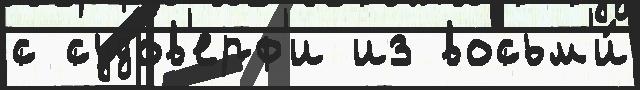
с судов'ерф'и из восьм'и́